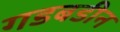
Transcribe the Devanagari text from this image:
गडबडीन